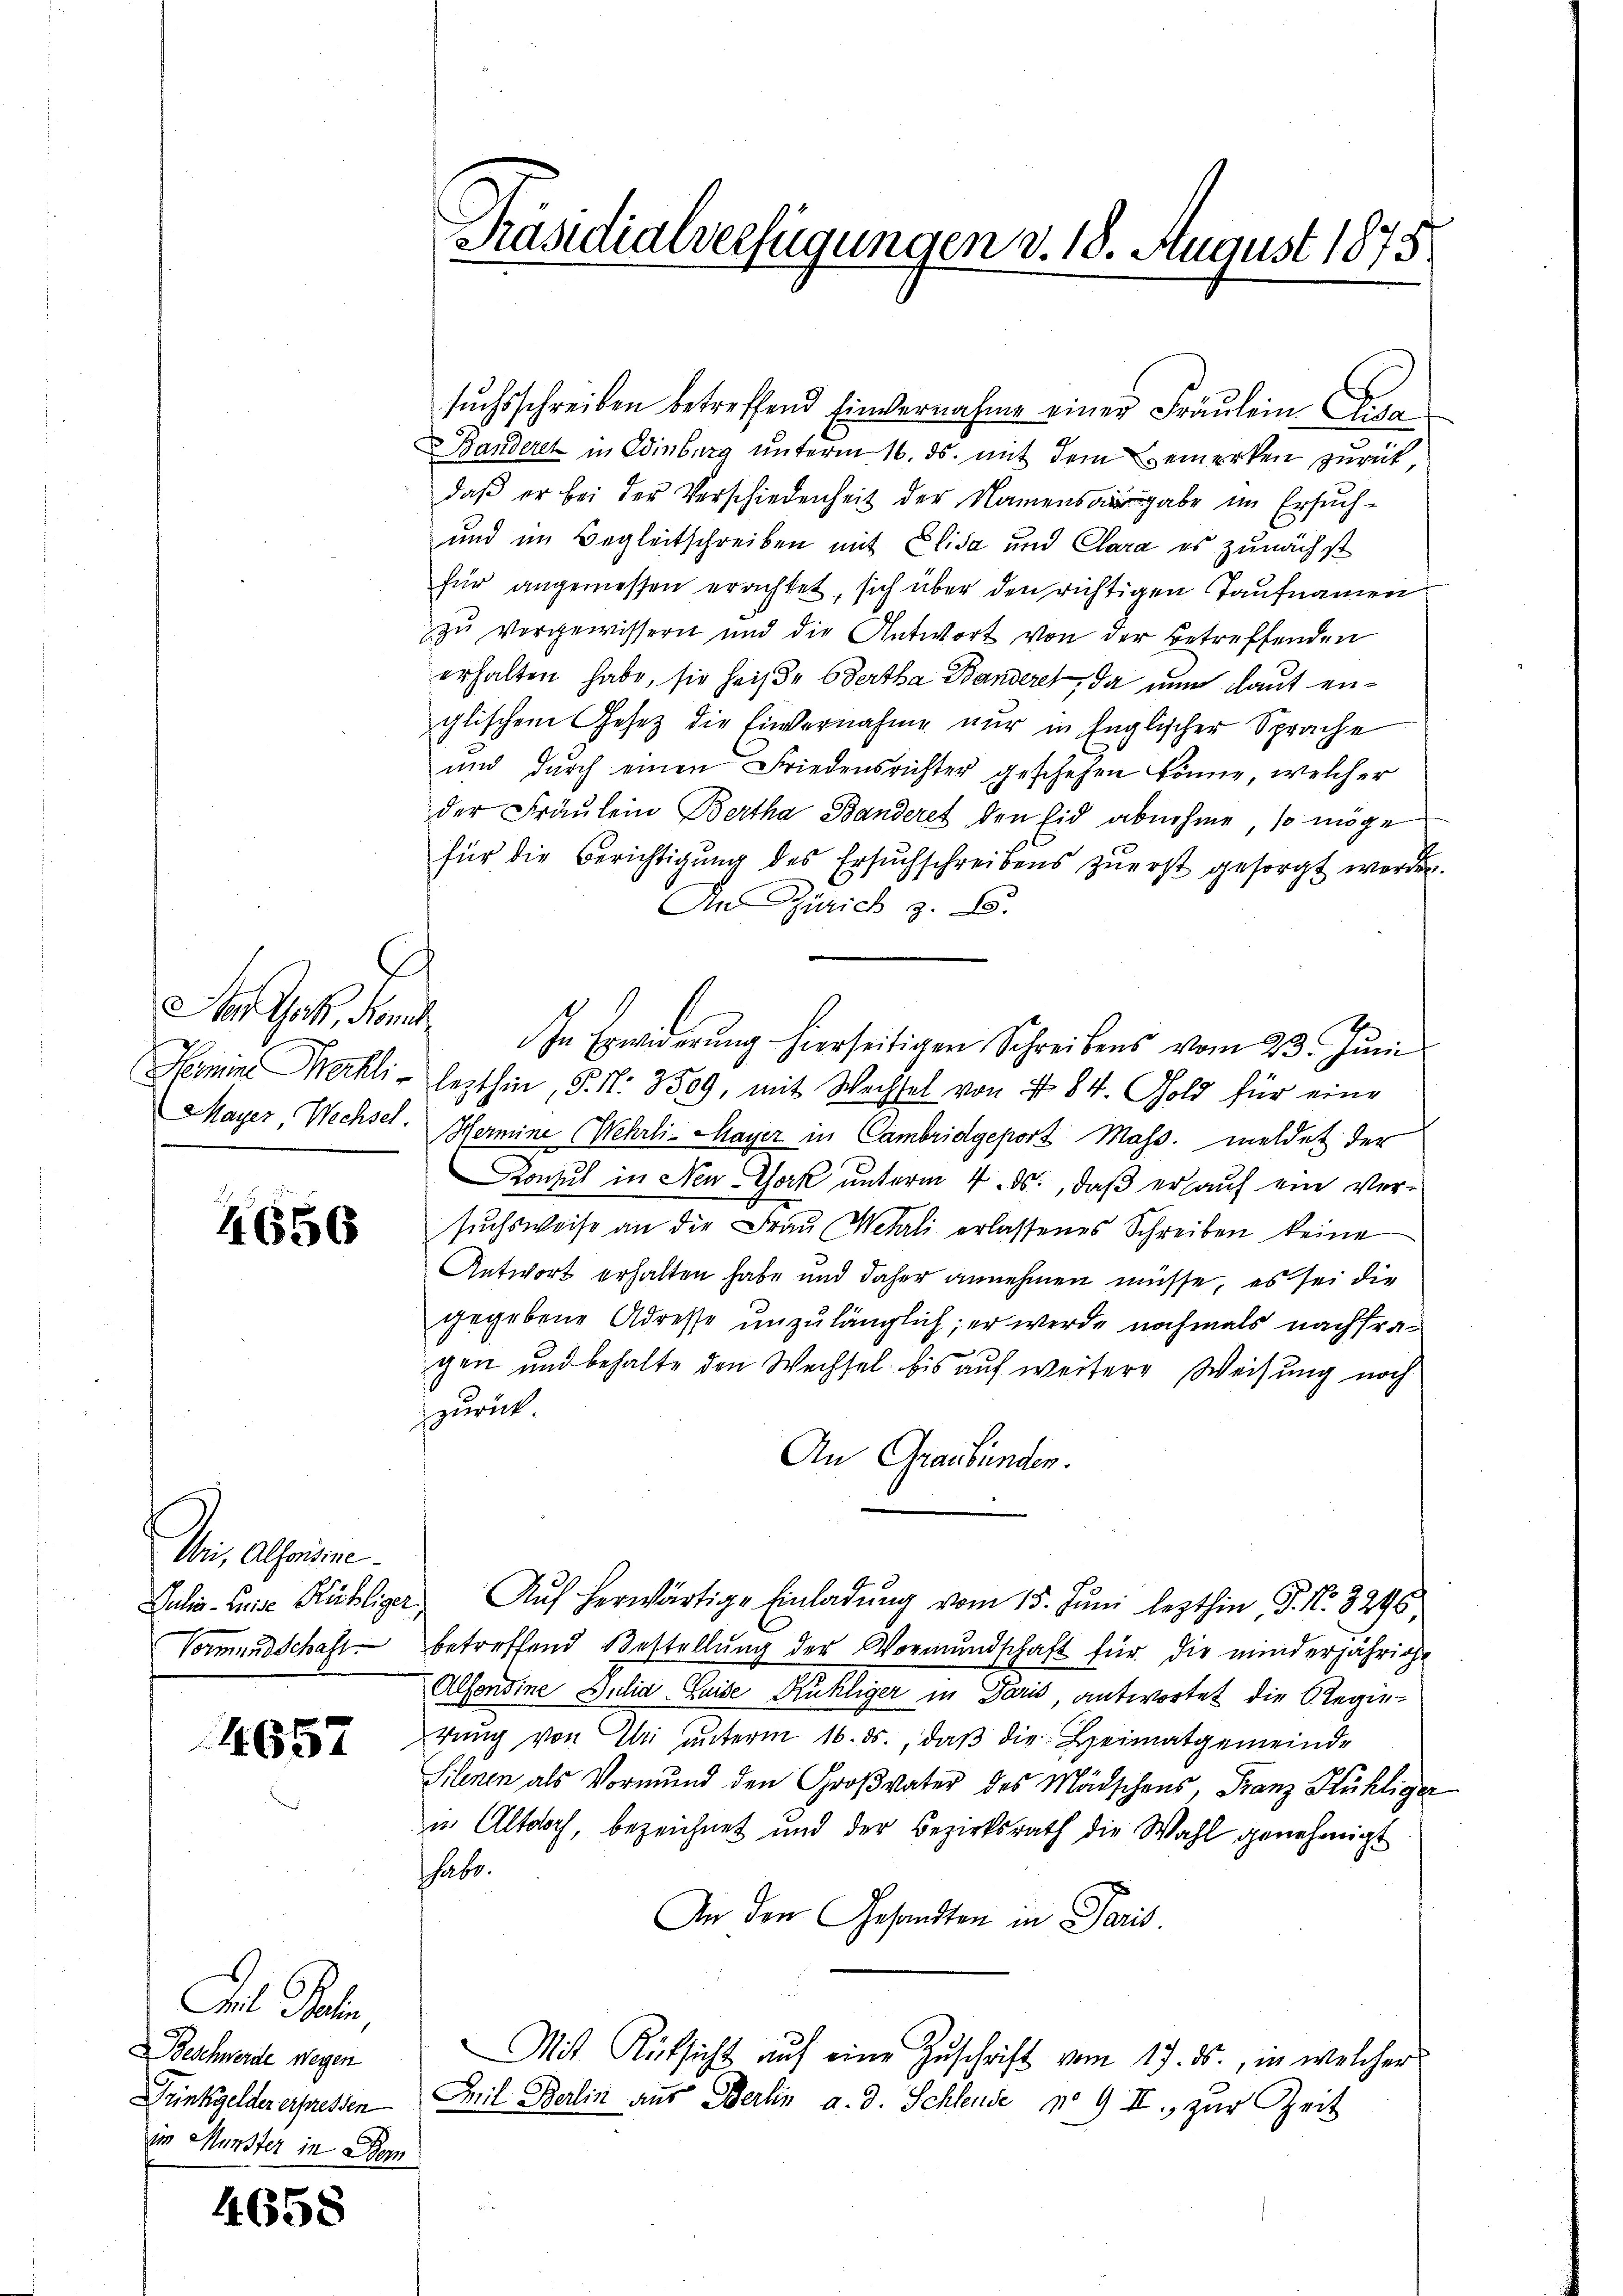
Aer Jak. Kant

4656

Wi, Alime
Vormundschaft

4657

Fel Paten,
Deschwerde wegen
Drinkgelder erpressen
im Münster in Dom

4658

.

Präsidialverfügungen d. 18. August 1875

suchsschreiben betreffend Einvernahme einer Fräulein gan
Banderet in Winburg unterm 16. ds. mit dem Bemerken zurück
daβ er bei der Verschiedenheit der Namensangabe im Ersuch-
und im Begleitschreiben mit Elisa und Clara es zunächst
für angemessen erachtet, sich über den richtigen Taufnamen
zŭ vergewissern und die Antwort von der Betreffenden
erhalten habe, sie heiße Odertha Banderet, da nun laut englischem Gesetz die Einvernahme nur in Englischer Sprache
und durch einen Friedensrichter geschehen könne, welcher
der Fräulein Bertha Banderet den Eid abnehme, so möge
für die Berichtigung des Ersuchschreibens zuerst gesorgt werden.
In Zürich z. B.
In Erwiderung hierseitigen Schreibens vom 23. Juni
Hermine Merkli- lezthin, 5. N. 3509, mit Wechsel von 4 84. Gold für eine
Mayer Wechsel. Hermine Wehrli- Mayer in Cambridgeport Mass. meldet der
Konsul in New-York unterm 4. ds., daß er auf ein Versuchsweise an die Frau Wehrli erlassenes Schreiben keine
Antwort erhalten habe und daher annehmen müsse, es sei die
gegebene Adresse unzulänglich; er werde nochmals nachfragen und behalte den Wechsel bis auf weitere Weisung noch
zurück.
An Graubünden.
Julia - Leide Kühliger Aŭf herwärtige Einladŭng vom 15. Juni lezthin, J. N. 3295,
betreffend Bestellung der Vormundschaft für die minderjährige
Alfondine Julia Luise Kühliger in Paris, antwortet die Regierung von Uri unterm 16. ds., daß die Heimatgemeinde
Silenen als Vormund den Großvater des Märschens, Franz Kühliger
in Altdorf, bezeichnet und der Bezirksrath die Wahl genehmigt
shabe.
An den Gesandten in Paris.
Mit Rücksicht aŭf eine Zŭschrift vom 17. ds., in welcher
Mil Berlin aus Berlin a. d. Schleude No 9 II., zur Zeit